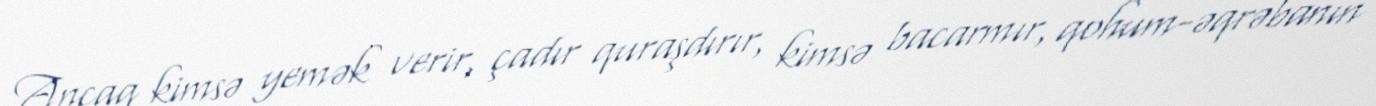
Ancaq kimsə yemək verir, çadır quraşdırır, kimsə bacarmır, qohum-əqrəbanın